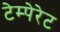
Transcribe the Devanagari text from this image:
टेम्पेरेट